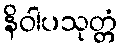
နိဝါပသုတ္တံ